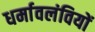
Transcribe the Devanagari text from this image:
धर्मावलंवियों